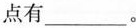
点有___